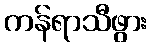
ကန်ရာသီဖွား